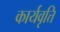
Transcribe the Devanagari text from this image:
कार्यवृत्ति